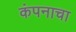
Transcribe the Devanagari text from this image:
कंपनाचा